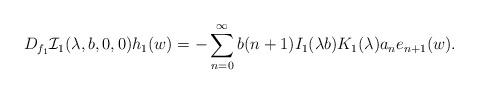
LaTeX: \begin{align*}D_{f_{1}}\mathcal{I}_{1}(\lambda,b,0,0)h_{1}(w)=-\sum_{n=0}^{\infty}b(n+1)I_{1}(\lambda b)K_{1}(\lambda)a_{n}e_{n+1}(w).\end{align*}